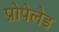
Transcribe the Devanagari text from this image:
प्रोपेलेड